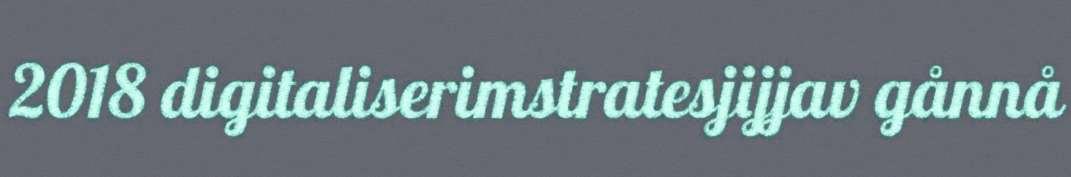
2018 digitaliserimstratesjijjav gånnå